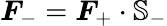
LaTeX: \boldsymbol{F}_{-}=\boldsymbol{F}_{+}\cdot\mathbb{S}_{-}